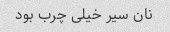
نان سیر خیلی چرب بود